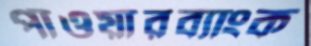
পাওয়ারব্যাংক